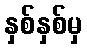
နှစ်နှစ်မှ